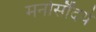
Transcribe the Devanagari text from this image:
मनोसौंदर्य